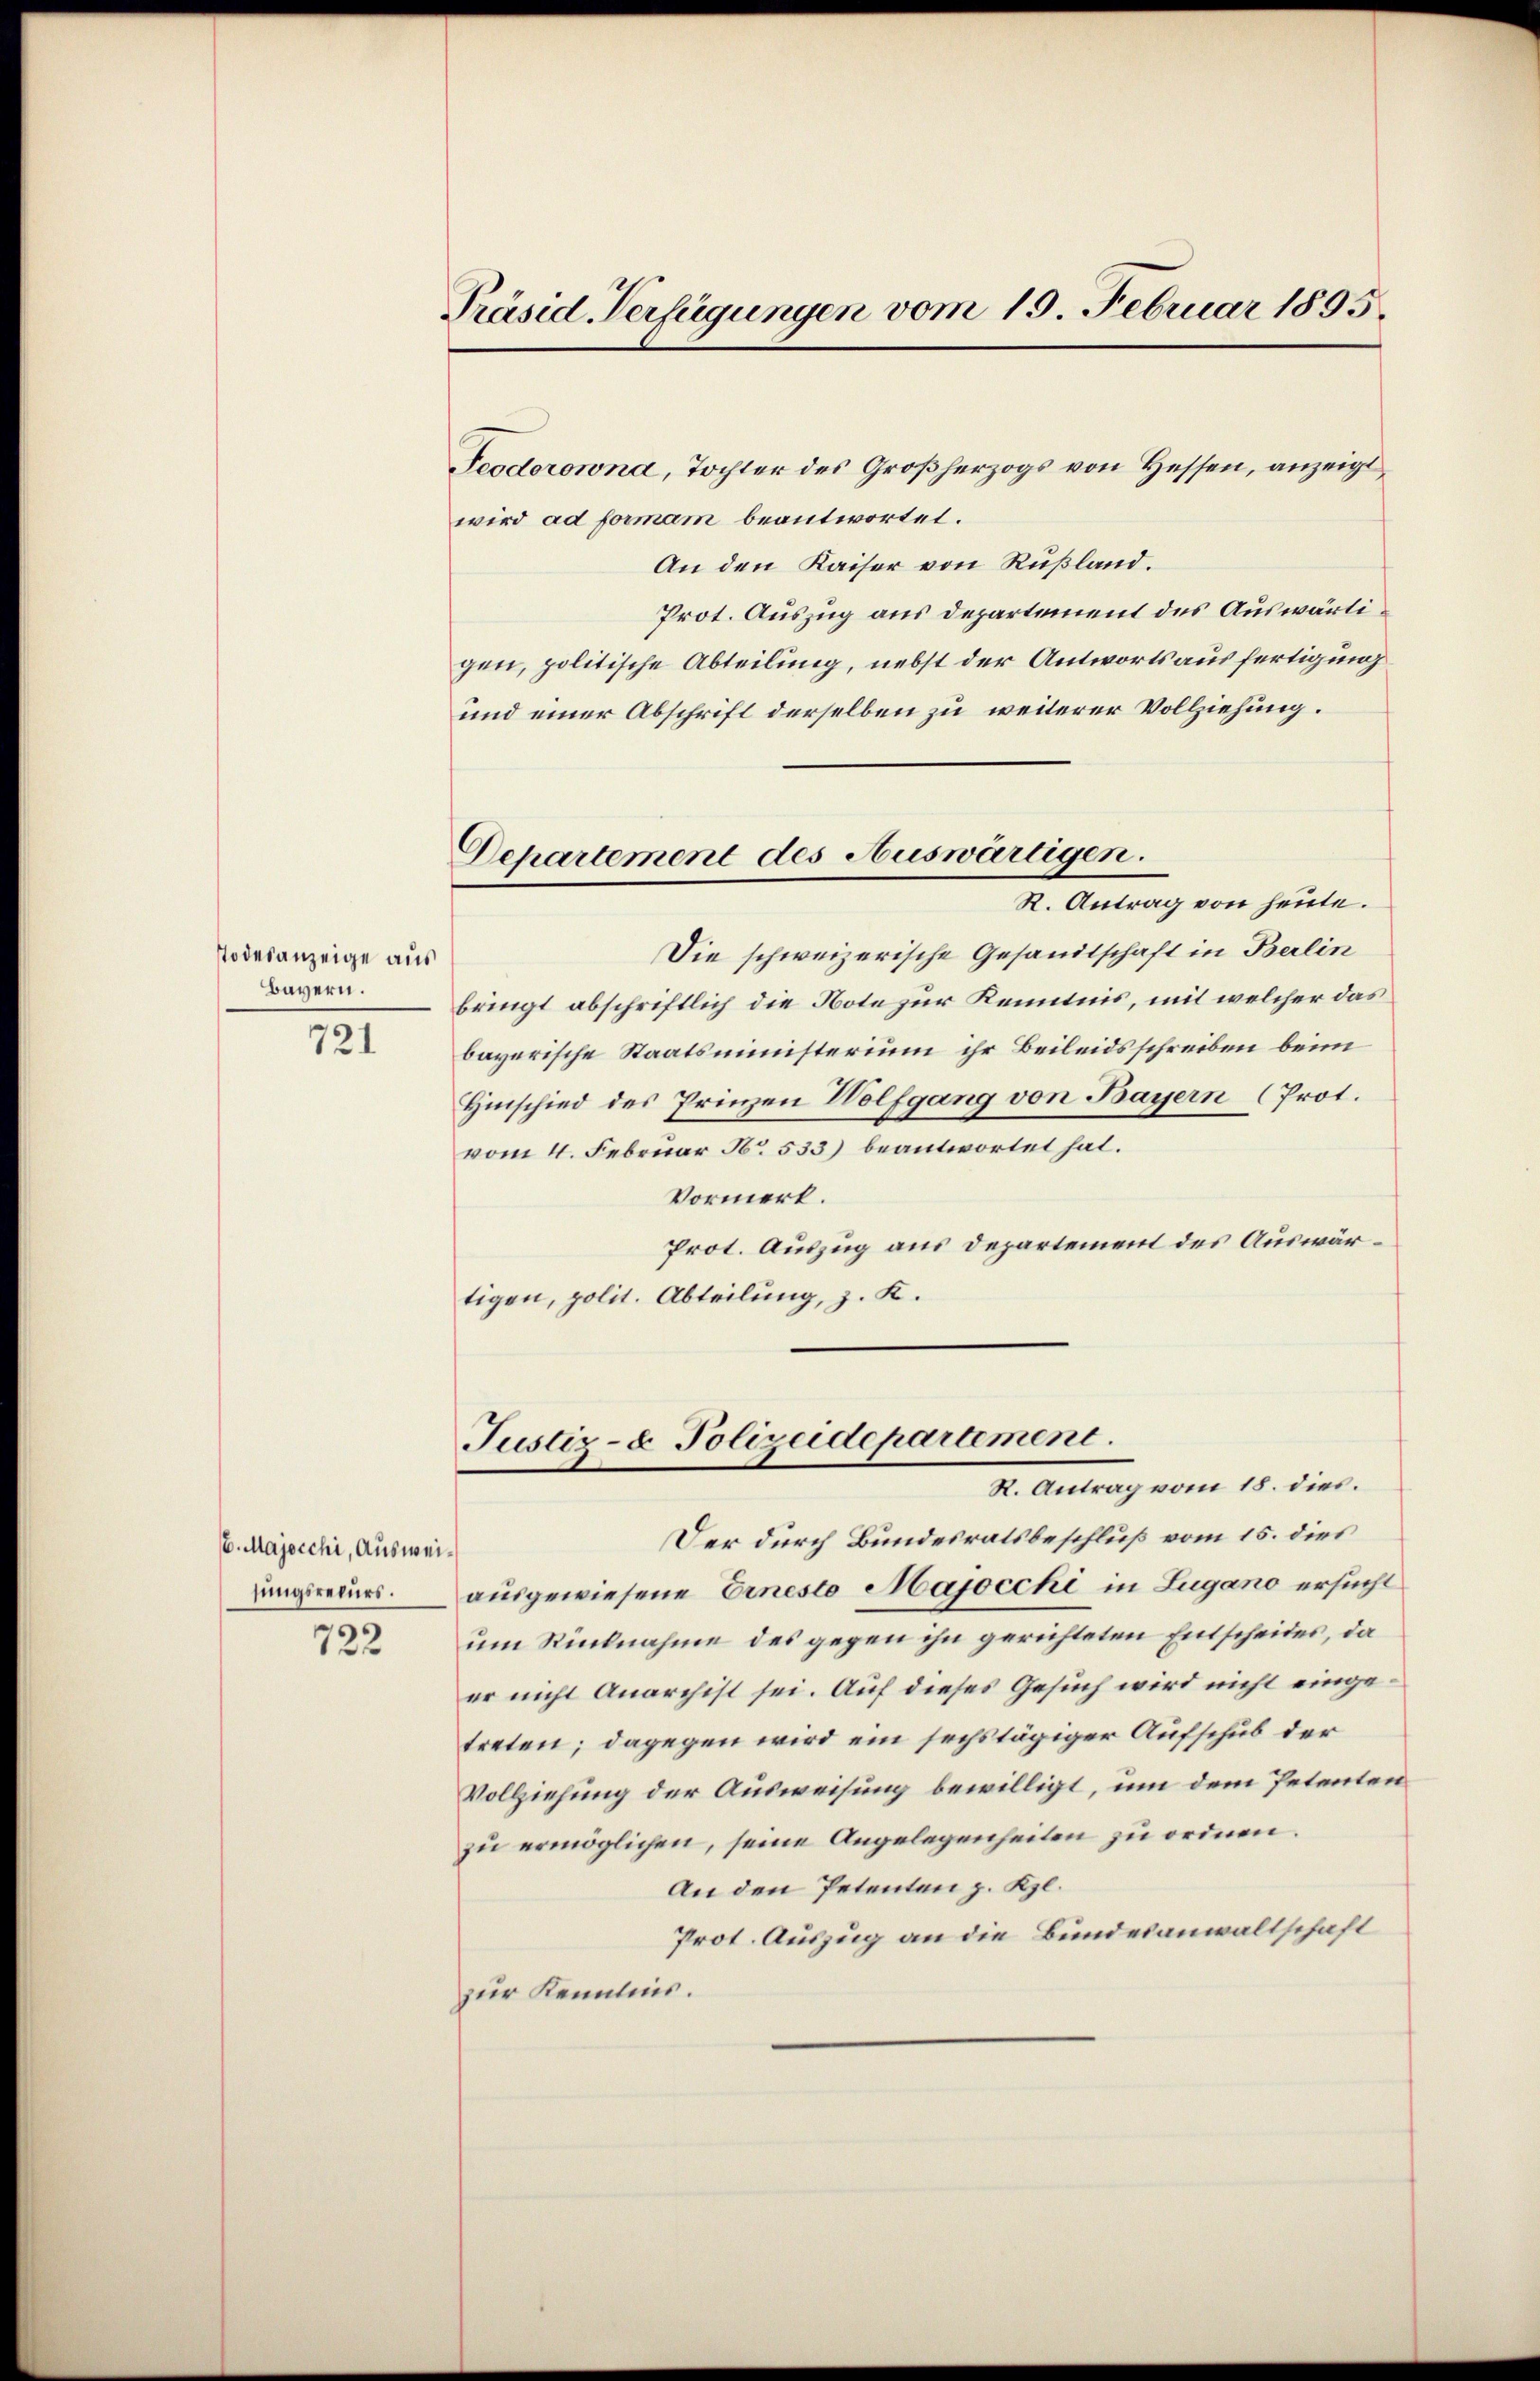
Todesanzeige aus
Bayern.

721

/6. Majocchi, Ausweihungsrecurs.

722

Präsid. Verfügungen vom 19. Februar 1895.

Teodorowna, Tochter des Großherzogs von Hessen, anzeigt
wird ad formam beantwortet.
An den Kaiser von Rußland.
Prot. Auszug aus Departement des Auswärtigen, politische Abteilung, nebst der Antworts ausfertigung
und einer Abschrift derselben zu weiterer Vollziehung.
Die schweizerische Gesandtschaft in Berlin
bringt abschriftlich die Note zur Kenntnis, mit welcher das
bayerische Staatsministerium ihr Beileidsschreiben beim
Hinschied des Prinzen Wolfgang von Bayern (Prot.
vom 4. Februar No. 533) beantwortet hat.
Vormerk.
Prot. Auszug aus Departement des Auswärtigen, polit. Abteilung, z. K.

Departement des Auswärtigen.
R. Antrag von heute.

Justiz- & Polizeidepartement.
R. Antrag vom 18. dies.

Der durch Bundesratsbeschluß vom 15. dies
ausgewiesene Ernesto Majocchi in Lugano ersucht
um Rücknahme des gegen ihn gerichteten Entscheides, da
er nicht Anarchist sei. Auf dieses Gesuch wird nicht eingetreten; dagegen wird ein sechstägiger Aufschub der
Vollziehung der Ausweisung bewilligt, um dem Petenten
zu ermöglichen, seine Angelegenheiten zu ordnen.
An den Petenten z. Kzl.
Prot. Auszug an die Bundesanwaltschaft
zur Kenntnis.